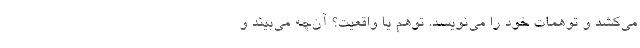
می‌کشد و توهمات خود را می‌نویسد. توهم یا واقعیت؟ آن‌چه می‌بیند و